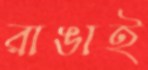
রাঙাই